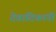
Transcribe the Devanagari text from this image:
देवादिकांनी